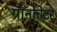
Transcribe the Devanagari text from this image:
ग्रानोवेटर